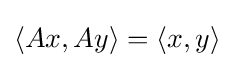
\langle Ax,Ay\rangle =\langle x,y\rangle